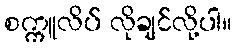
စက္ကူလိပ် လိုချင်လို့ပါ။